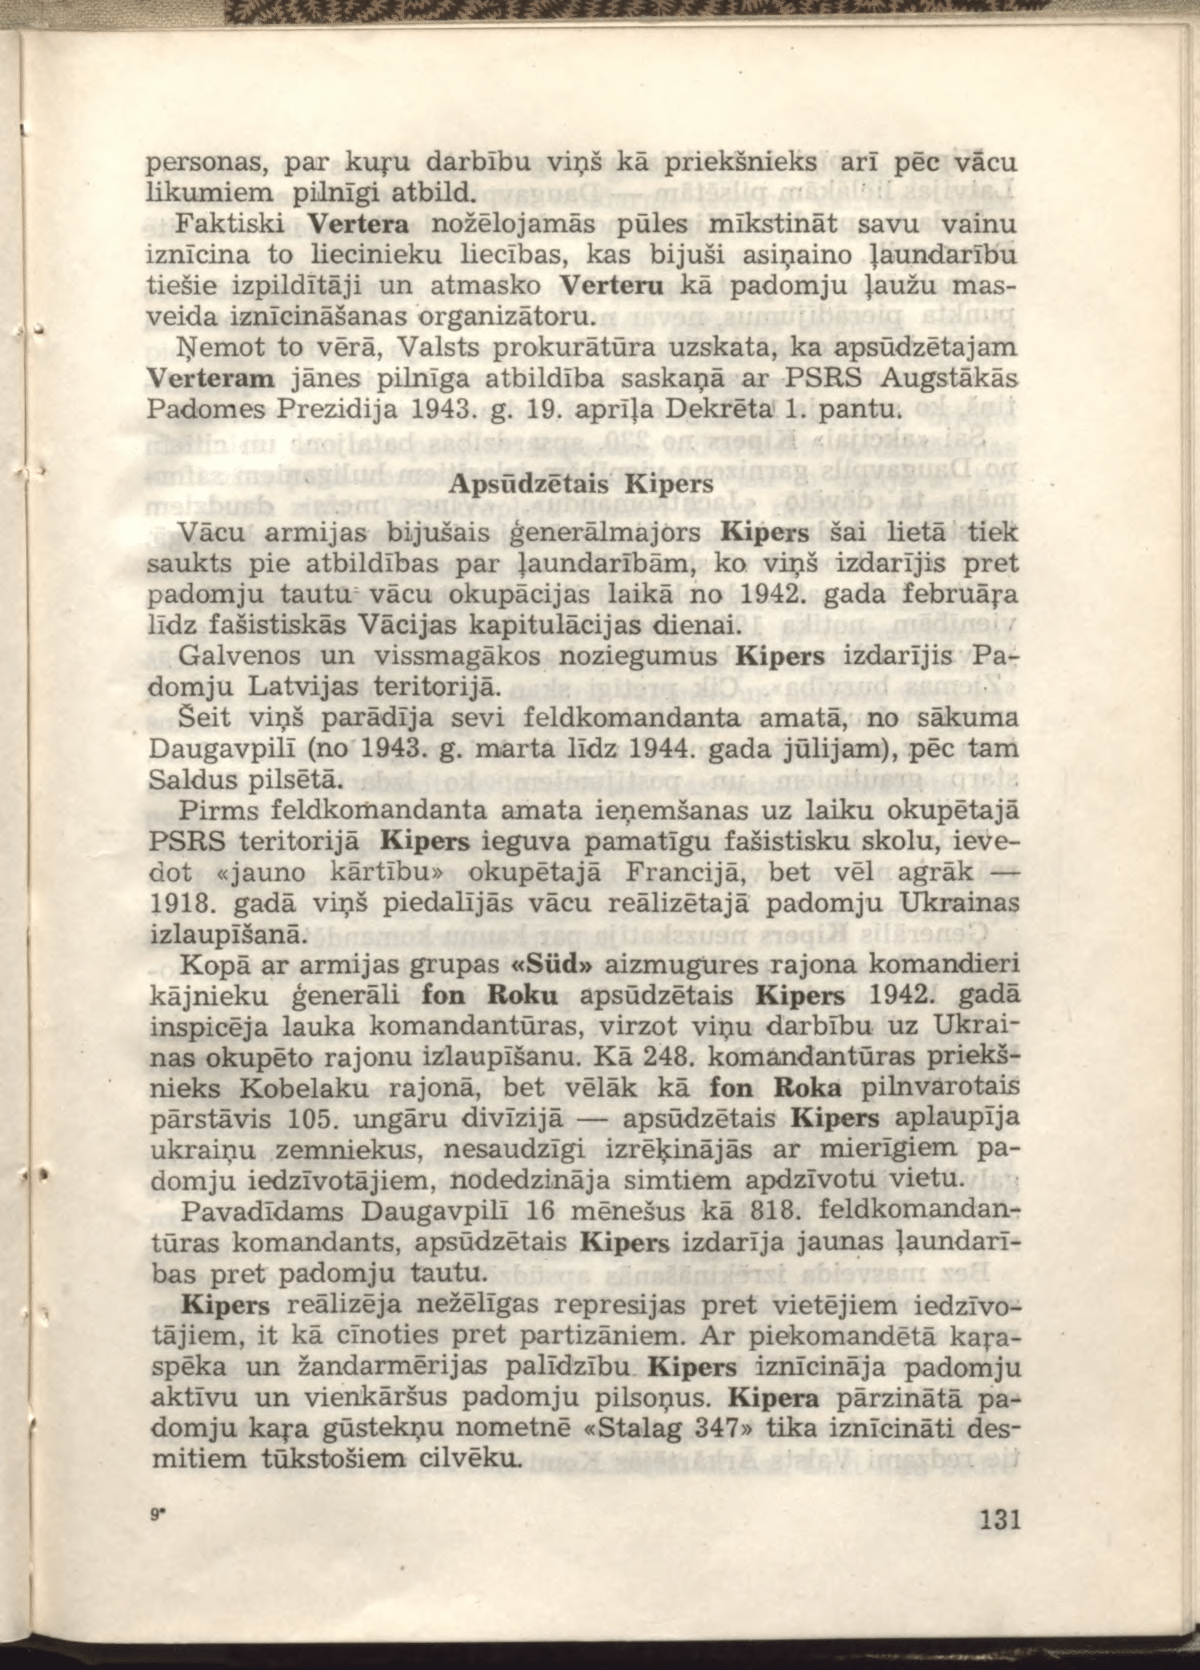
Language: lv